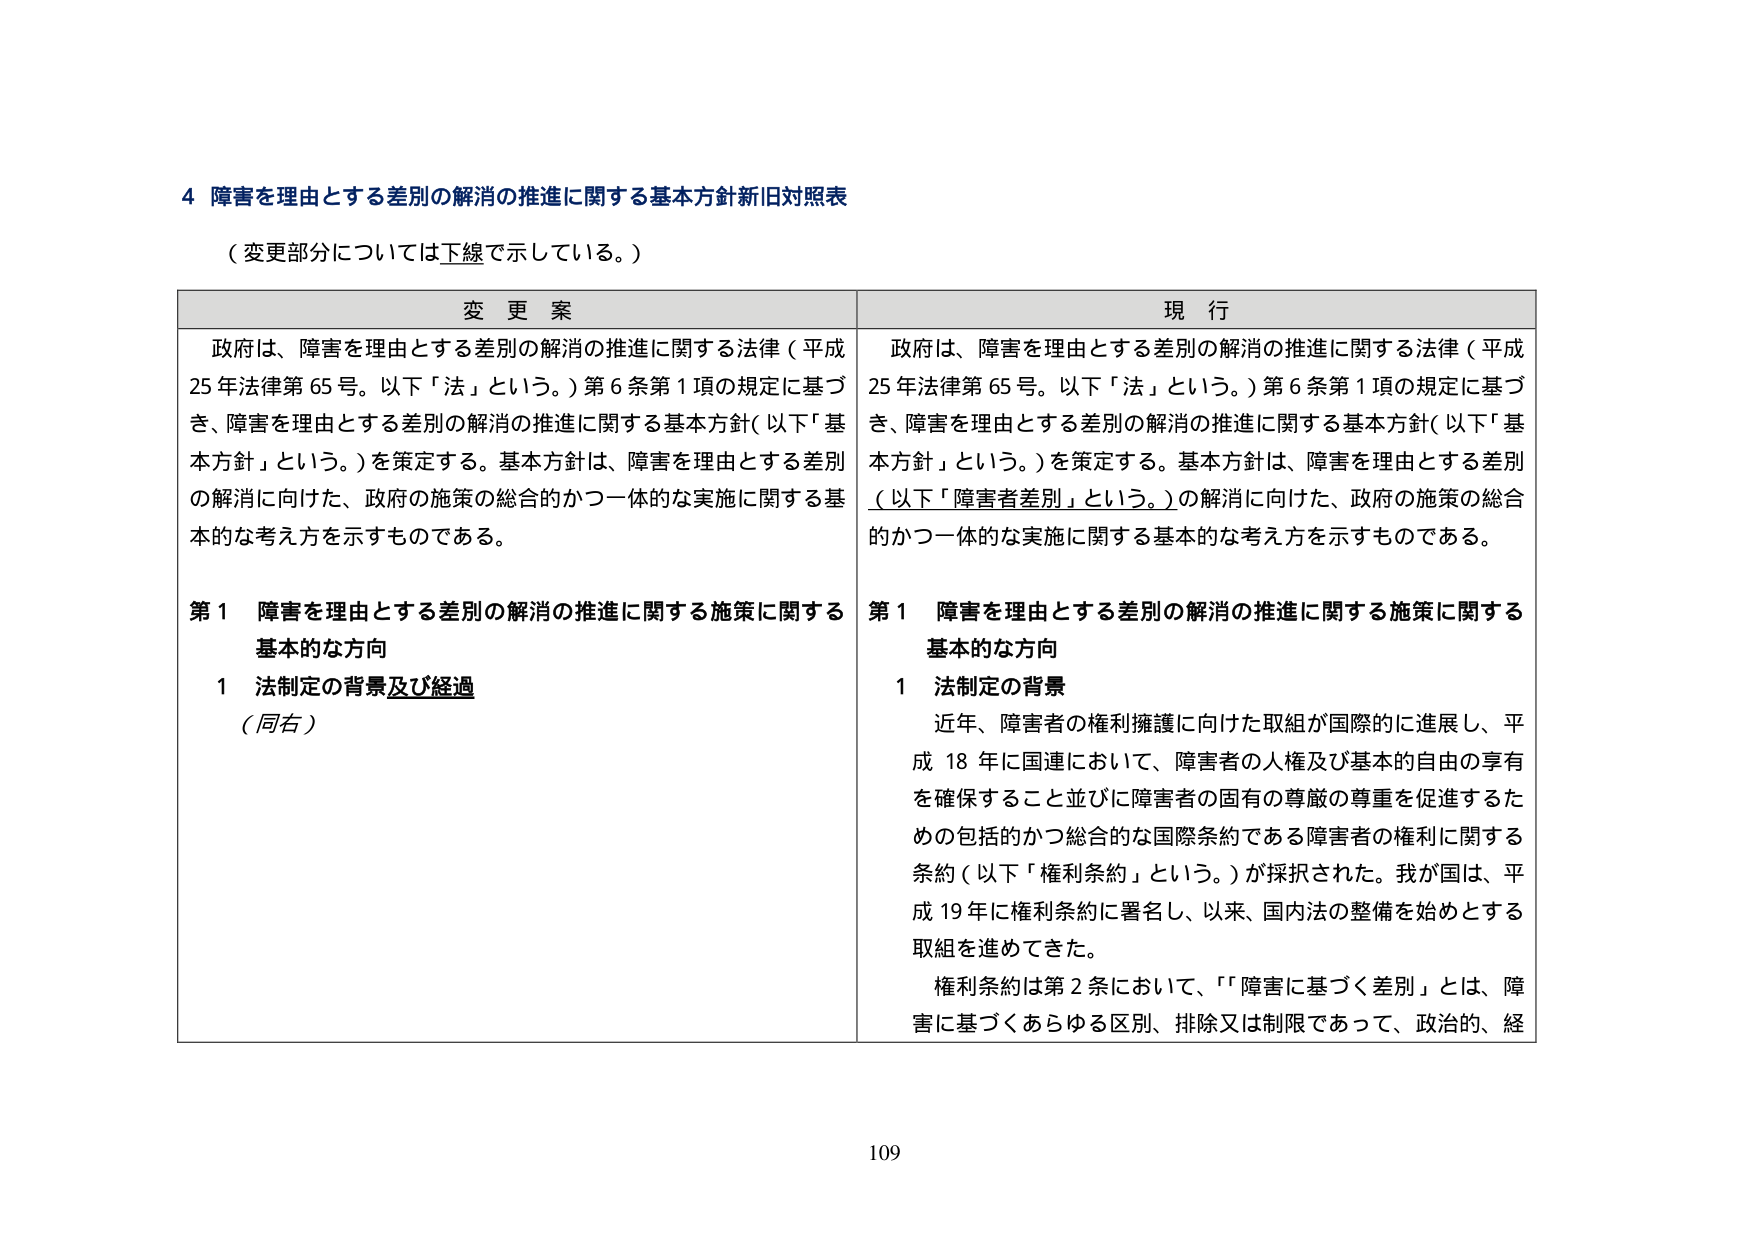
4 障害を理由とする差別の解消の推進に関する基本方針新旧対照表
（変更部分については下線で示している。）

変 更 案
政府は、障害を理由とする差別の解消の推進に関する法律（平成25年法律第65号。以下「法」という。）第6条第1項の規定に基づき、障害を理由とする差別の解消の推進に関する基本方針（以下「基本方針」という。）を策定する。基本方針は、障害を理由とする差別の解消に向けた、政府の施策の総合的かつ一体的な実施に関する基本的な考え方を示すものである。
第1 障害を理由とする差別の解消の推進に関する施策に関する基本的な方向
1 法制定の背景及び経過
（同右）

現 行
政府は、障害を理由とする差別の解消の推進に関する法律（平成25年法律第65号。以下「法」という。）第6条第1項の規定に基づき、障害を理由とする差別の解消の推進に関する基本方針（以下「基本方針」という。）を策定する。基本方針は、障害を理由とする差別（以下「障害者差別」という。）の解消に向けた、政府の施策の総合的かつ一体的な実施に関する基本的な考え方を示すものである。
第1 障害を理由とする差別の解消の推進に関する施策に関する基本的な方向
1 法制定の背景
近年、障害者の権利擁護に向けた取組が国際的に進展し、平成18年に国連において、障害者の人権及び基本的自由の享有を確保すること並びに障害者の固有の尊厳の尊重を促進するための包括的かつ総合的な国際条約である障害者の権利に関する条約（以下「権利条約」という。）が採択された。我が国は、平成19年に権利条約に署名し、以来、国内法の整備を始めとする取組を進めてきた。
権利条約は第2条において、「障害に基づく差別」とは、障害に基づくあらゆる区別、排除又は制限であって、政治的、経

109